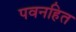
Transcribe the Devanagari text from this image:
पवनहित